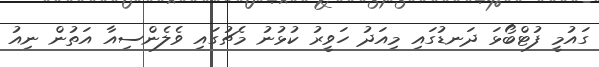
ގައުމީ ފުޓްބޯޅަ ދަނޑުގައި މިއަދު ހަވީރު ކުޅުނު މެޗުގައި ވެލެންސިއާ އަތުން ނިއު